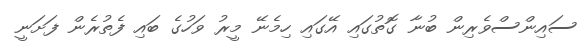
ސައިންސްވެރިން ބުނާ ގޮތުގައި އޭގައި ހިމެނޭ މީރު ވަހުގެ ބައި ފެތުރެން ފަށަނީ